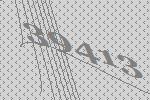
39413